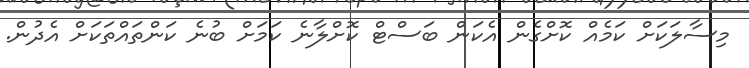
މިސާލަކަށް ކަމެއް ކޮށްގެން އެކަން ބަސްޓް ކޮށްލާނެ ކަމަށް ބުނެ ކަންތައްތަކަށް އެދުން.